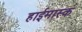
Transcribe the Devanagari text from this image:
हाईमास्क